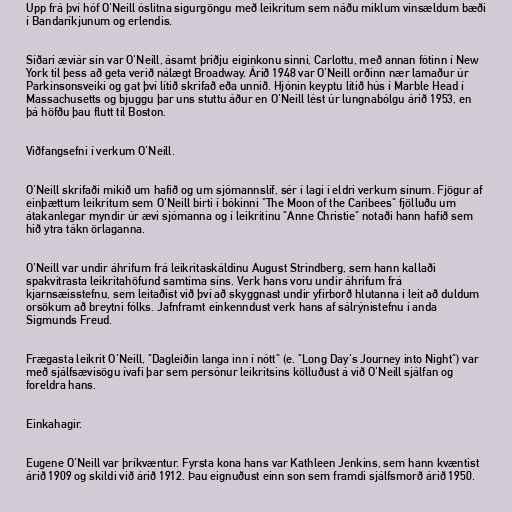
Upp frá því hóf O'Neill óslitna sigurgöngu með leikritum sem náðu miklum vinsældum bæði
í Bandaríkjunum og erlendis.

Síðari æviár sín var O'Neill, ásamt þriðju eiginkonu sinni, Carlottu, með annan fótinn í New
York til þess að geta verið nálægt Broadway. Árið 1948 var O'Neill orðinn nær lamaður úr
Parkinsonsveiki og gat því lítið skrifað eða unnið. Hjónin keyptu lítið hús í Marble Head í
Massachusetts og bjuggu þar uns stuttu áður en O'Neill lést úr lungnabólgu árið 1953, en
þá höfðu þau flutt til Boston.

Viðfangsefni í verkum O'Neill.

O'Neill skrifaði mikið um hafið og um sjómannslíf, sér í lagi í eldri verkum sínum. Fjögur af
einþættum leikritum sem O'Neill birti í bókinni "The Moon of the Caribees" fjölluðu um
átakanlegar myndir úr ævi sjómanna og í leikritinu "Anne Christie" notaði hann hafið sem
hið ytra tákn örlaganna.

O'Neill var undir áhrifum frá leikritaskáldinu August Strindberg, sem hann kallaði
spakvitrasta leikritahöfund samtíma síns. Verk hans voru undir áhrifum frá
kjarnsæisstefnu, sem leitaðist við því að skyggnast undir yfirborð hlutanna í leit að duldum
orsökum að breytni fólks. Jafnframt einkenndust verk hans af sálrýnistefnu í anda
Sigmunds Freud.

Frægasta leikrit O'Neill, "Dagleiðin langa inn í nótt" (e. "Long Day's Journey into Night") var
með sjálfsævisögu ívafi þar sem persónur leikritsins kölluðust á við O'Neill sjálfan og
foreldra hans.

Einkahagir.

Eugene O'Neill var þríkvæntur. Fyrsta kona hans var Kathleen Jenkins, sem hann kvæntist
árið 1909 og skildi við árið 1912. Þau eignuðust einn son sem framdi sjálfsmorð árið 1950.